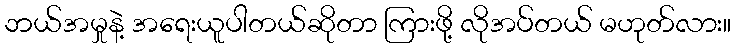
ဘယ်အမှုနဲ့ အရေးယူပါတယ်ဆိုတာ ကြားဖို့ လိုအပ်တယ် မဟုတ်လား။